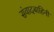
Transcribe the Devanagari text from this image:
संवादबाहिनी